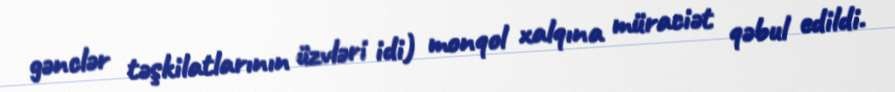
gənclər təşkilatlarının üzvləri idi) monqol xalqına müraciət qəbul edildi.